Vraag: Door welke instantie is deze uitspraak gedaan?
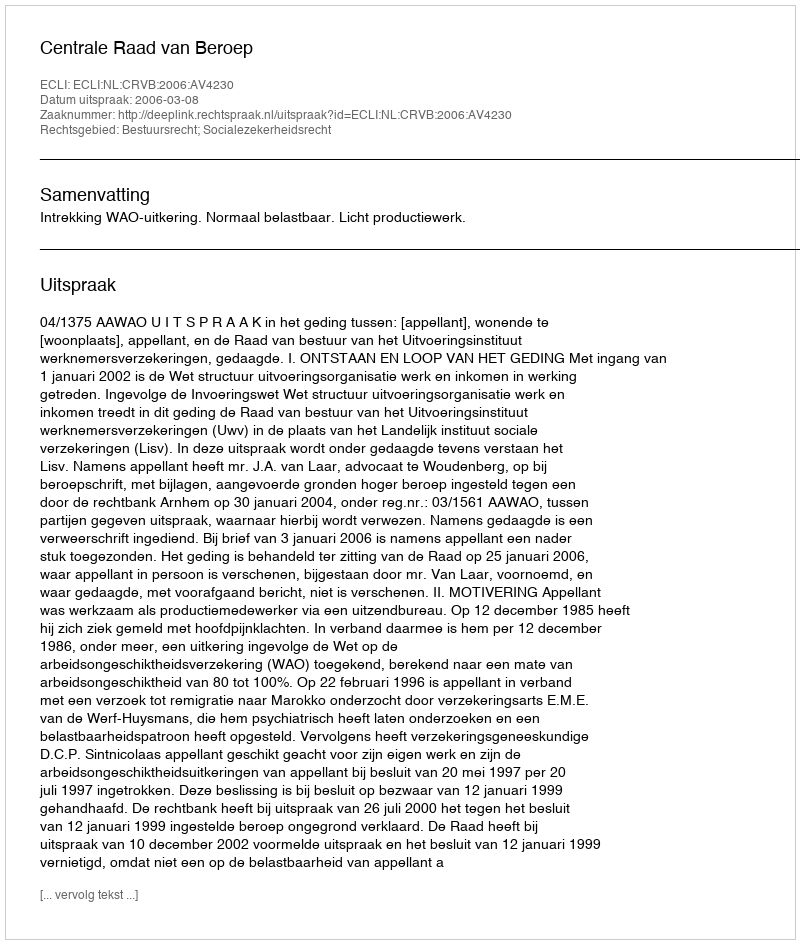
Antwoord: Centrale Raad van Beroep